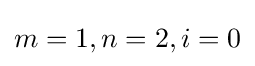
m=1,n=2,i=0